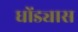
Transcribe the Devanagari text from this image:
धोंड्यास